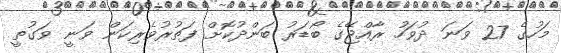
މަހުގެ 27 ވަނަ ދުވަހު ރާއްޖޭގެ ބޯޑަރު ބަންދުކޮށް ފަތުރުވެރިކަން ވަނީ ވަގުތީ